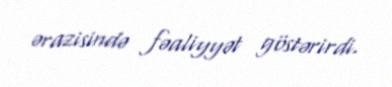
ərazisində fəaliyyət göstərirdi.